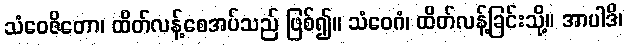
သံဝေဇိတော၊ ထိတ်လန့်စေအပ်သည် ဖြစ်၍။ သံဝေဂံ၊ ထိတ်လန့်ခြင်းသို့။ အာပါဒိ၊